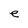
Character: e